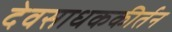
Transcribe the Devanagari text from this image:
देवसाधककीर्तन